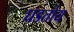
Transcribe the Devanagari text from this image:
घडतोय